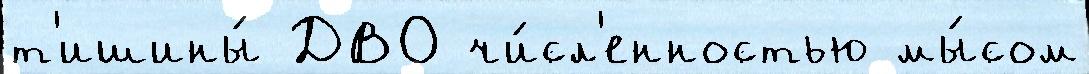
т'ишины́ ДВО чи́сл'енностью мы́сом